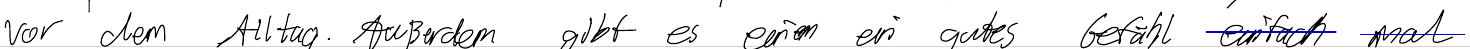
vor dem Alltag. Außerdem gibt es einem ein gutes Gefühl